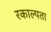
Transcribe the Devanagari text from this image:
रकाल्पता